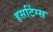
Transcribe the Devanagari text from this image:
हसटिंग्स